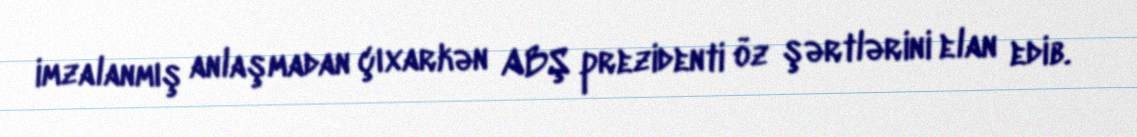
imzalanmış anlaşmadan çıxarkən ABŞ prezidenti öz şərtlərini elan edib.